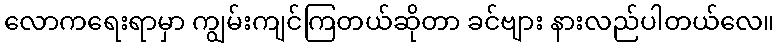
လောကရေးရာမှာ ကျွမ်းကျင်ကြတယ်ဆိုတာ ခင်ဗျား နားလည်ပါတယ်လေ။